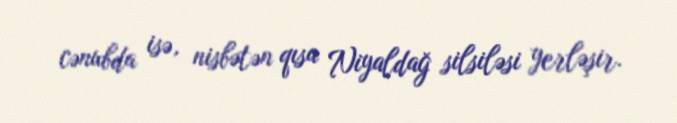
cənubda isə, nisbətən qısa Niyaldağ silsiləsi yerləşir.